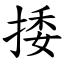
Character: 捼